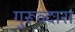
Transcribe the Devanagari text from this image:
गुरूव्‍दारा